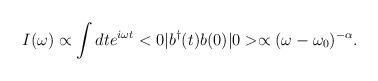
\begin{align*}I(\omega )\propto \int dte^{i\omega t}<0|b^\dagger(t)b(0)|0>\propto (\omega -\omega_0)^{-\alpha}.\end{align*}